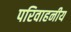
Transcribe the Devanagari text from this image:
परिवाहनीय